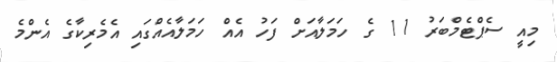
މިއީ ސެޕްޓެމްބަރު 11 ގެ ހަމަލާއަށް ފަހު އެއް ހަމަލާއެއްގައި އެމެރިކާގެ އެންމެ